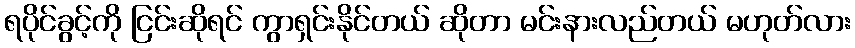
ရပိုင်ခွင့်ကို ငြင်းဆိုရင် ကွာရှင်းနိုင်တယ် ဆိုတာ မင်းနားလည်တယ် မဟုတ်လား